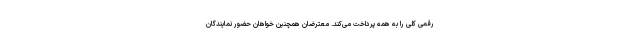
رقمی کلی را به همه پرداخت می‌کند. معترضان همچنین خواهان حضور نمایندگان